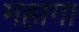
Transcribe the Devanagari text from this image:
महागा